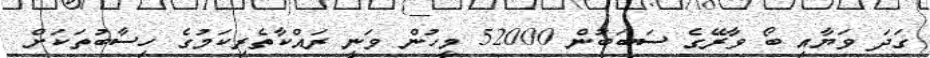
ގަދަ ވަޔާއި ބޯ ވާރޭގެ ސަބަބުން 52000 މީހުން ވަނީ ރައްކާތެރިކަމުގެ ހިސާބުތަކަށް